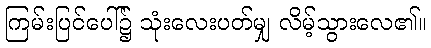
ကြမ်းပြင်ပေါ်၌ သုံးလေးပတ်မျှ လိမ့်သွားလေ၏။